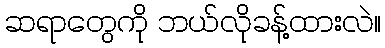
ဆရာတွေကို ဘယ်လိုခန့်ထားလဲ။